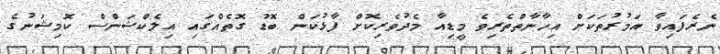
ނެރެފައިވާ އަމުރުތަކަށް އިހާނާތްތެރިވެ މީޑިއާ މެދުވެރިކޮށް ފާޅުކަން ބޮޑު ގޮތެއްގައި އިލެކްޝަންސް ކޮމިޝަނުގެ